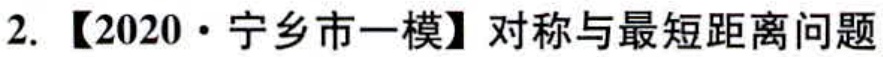
2. 【2020·宁乡市一模】对称与最短距离问题